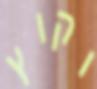
וקוץ